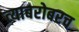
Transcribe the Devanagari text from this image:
त्‍याबरोबरच